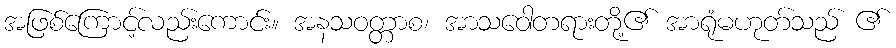
အဖြစ်ကြောင့်လည်းကောင်း။ အနသဝတ္တာစ၊ အာသဝေါတရားတို့၏ အာရုံမဟုတ်သည် ၏